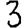
Digit: 3